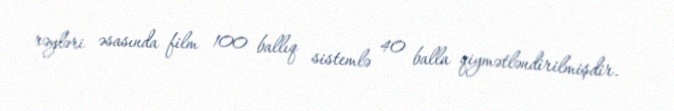
rəyləri əsasında film 100 ballıq sistemlə 40 balla qiymətləndirilmişdir.